Riigikohus_(kohtuotsuste_protokollid), lk 13
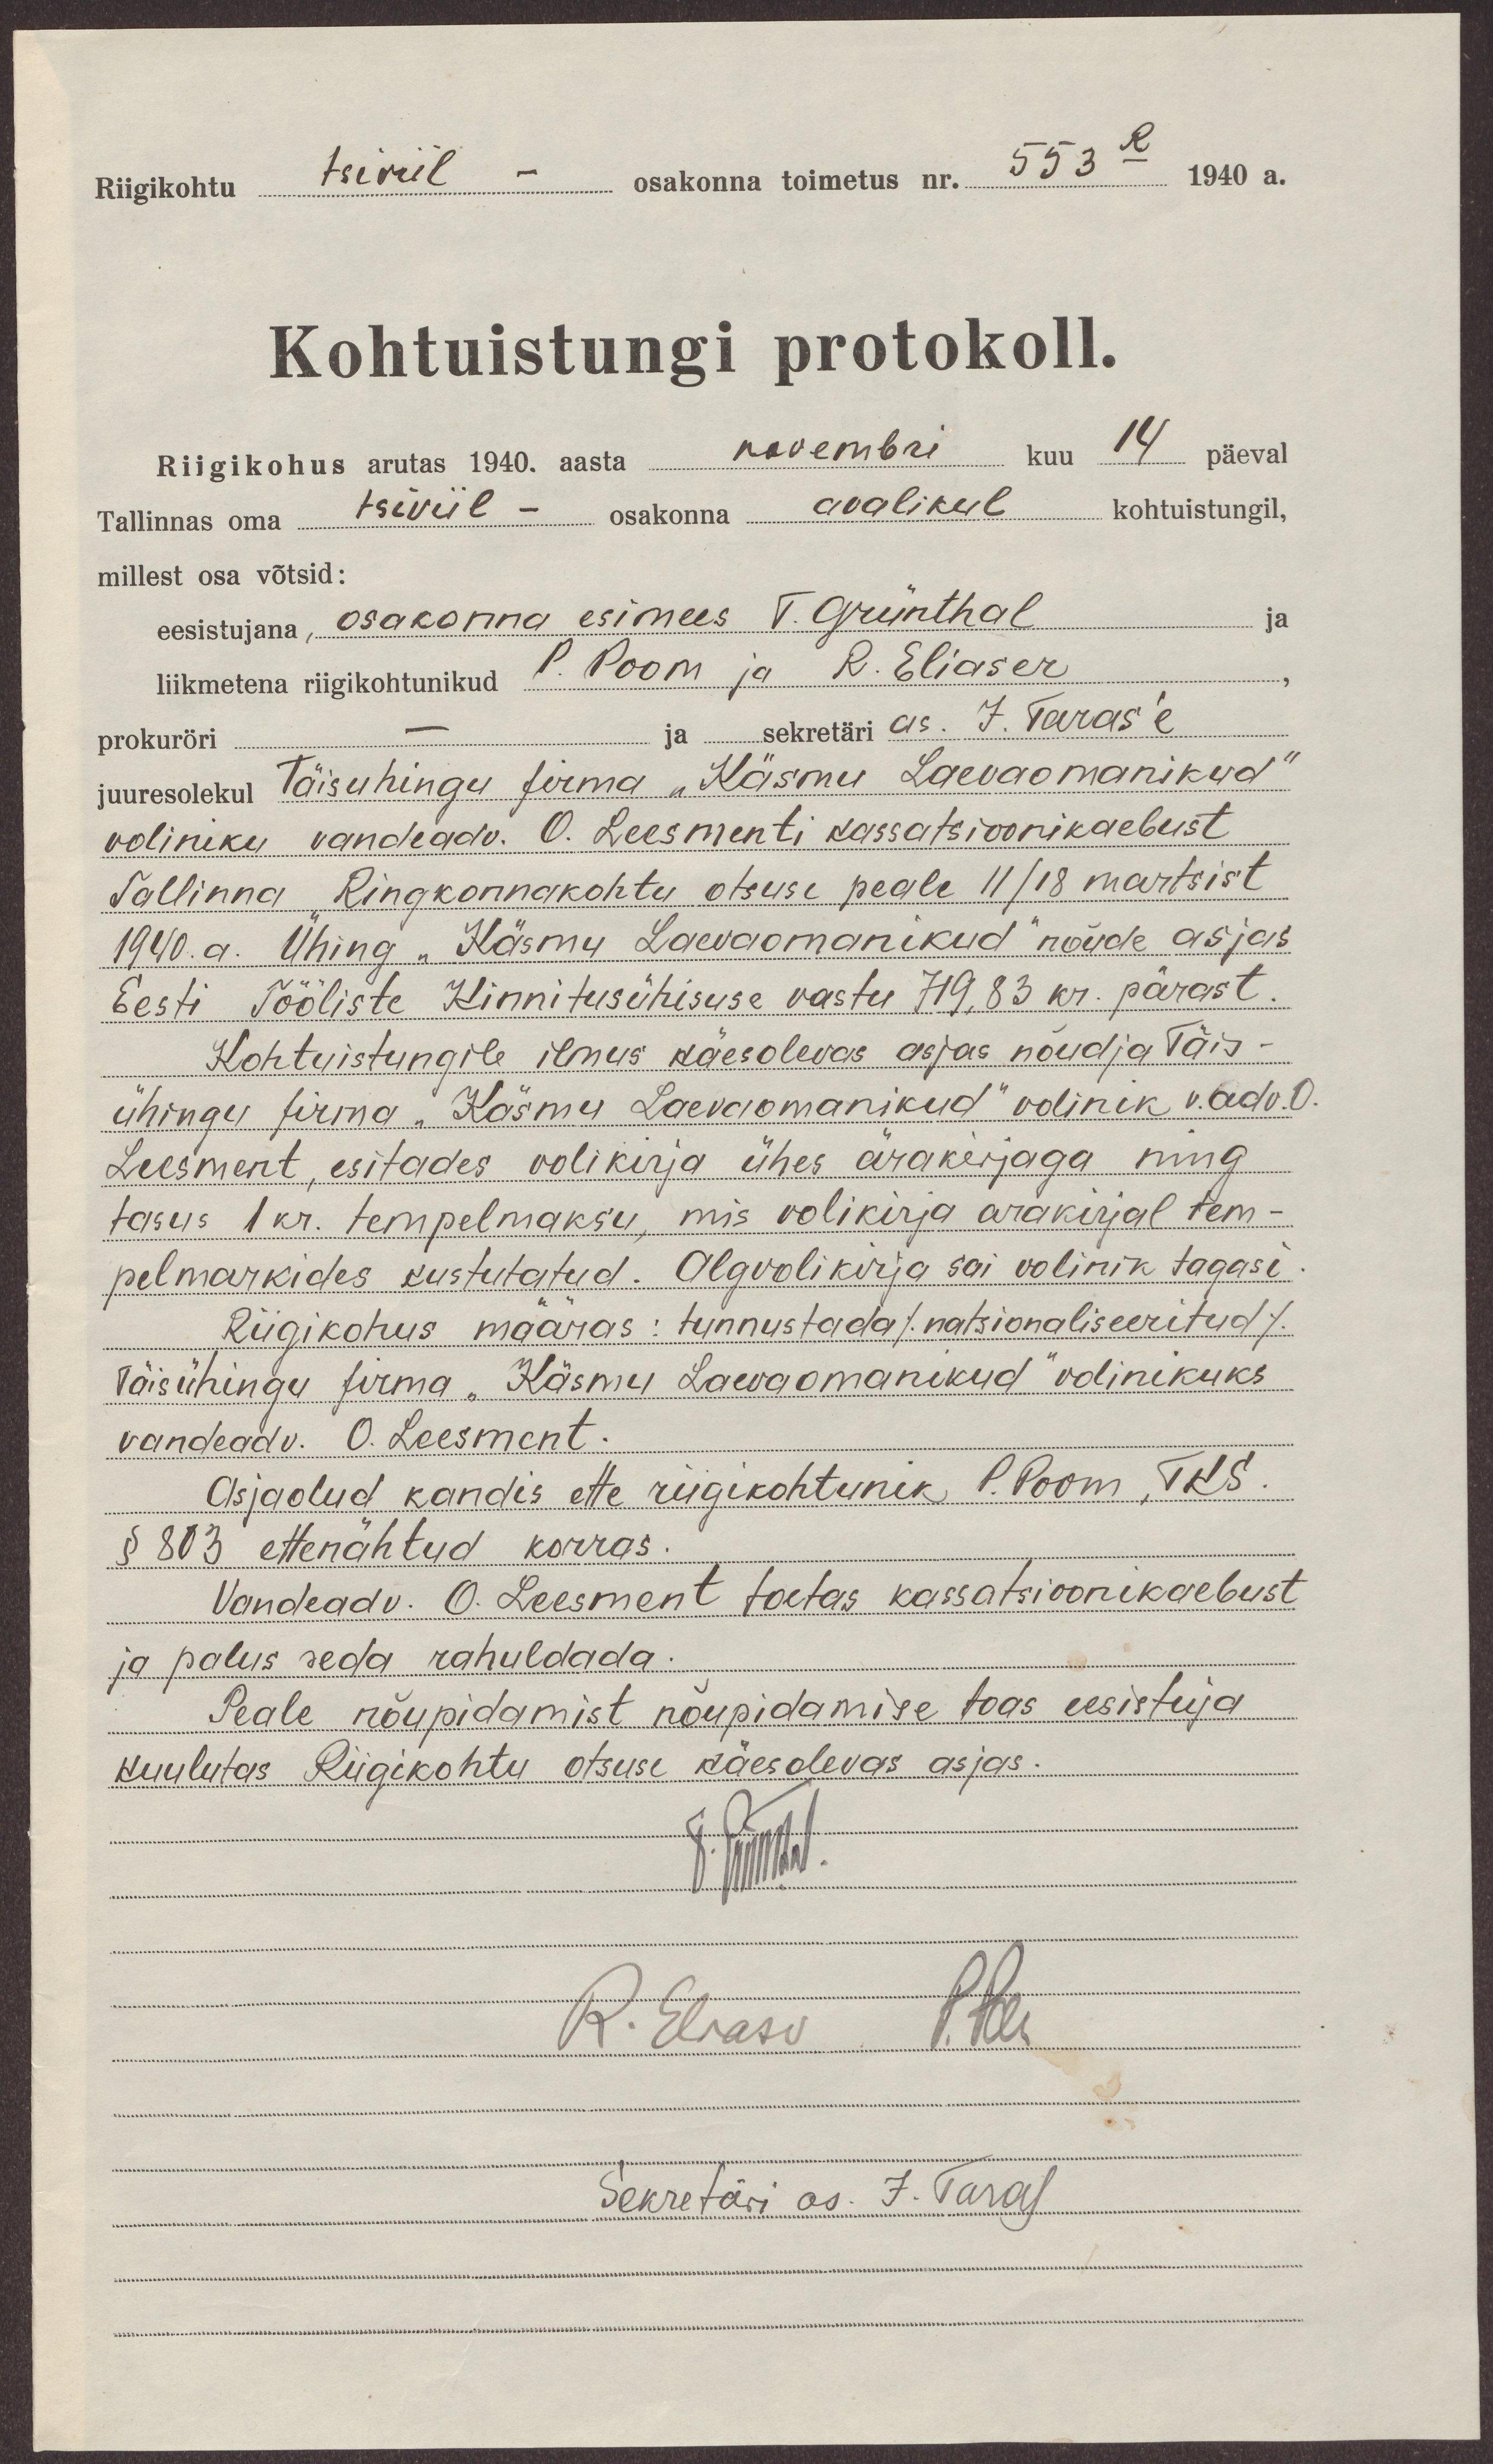
Riigikohtu tsiviil - osakonna toimetus nr. 553-R 1940 a.
Kohtuistungi protokoll.
Riigikohus arutas 1940 aasta novembri kuu 14 päeval
Tallinnas oma tsiviil - osakonna avalikul kohtuistungil,
millest osa võtsid:
ja
eesistujana, osakonna esimees T. Grünthal
liikmetena riigikohtunikud P. Poom ja R. Eliaser
ja sekretäri as. J. Taras'e
prokuröri.
juuresoleku Täisühingu firma "Käsmu Laevaomanikud"
voliniku vandeadv. O. Leesmenti kassatsioonikaebust
Tallinna Ringkonnakohtu otsuse peale 11/18 märtsist
1940.a. Ühing "Käsmu Laevaomanikud" nõude asjas
Eesti Tööliste Kinnitusühisuse vastu 719,83 kr. pärast
Kohtustungile ilmus käesolevas asjas nõudja Täis-
ühingu firma "Käsmu Laevaomanikud" volinik v.adv. O.
Leesment, esitades volikirja ühes ärakirjaga ning
tasus 1 kr. tempelmaksu, mis volikirja ärakirjal tem-
pelmarkides kustutatud. Algvolikirja sai volinik tagasi
Riigikohus määras: tunnustada /natsionaaliseeritud/
Täisühingu firma "Käsmu Laevaomanikud" volinikuks
vandeadv. O. Leesment
Asjaolud kandis ette riigikohtunik P. Poom, TKS
§ 803 ettenähtud korras
Vandeadv. O. Leesment toetas kassatsioonikaebust
ja palus seda rahuldada.
Peale nõupidamist nõupidamise toas eesistuja
kuulutas Riigikohtu otsuse käesolevas asjas.